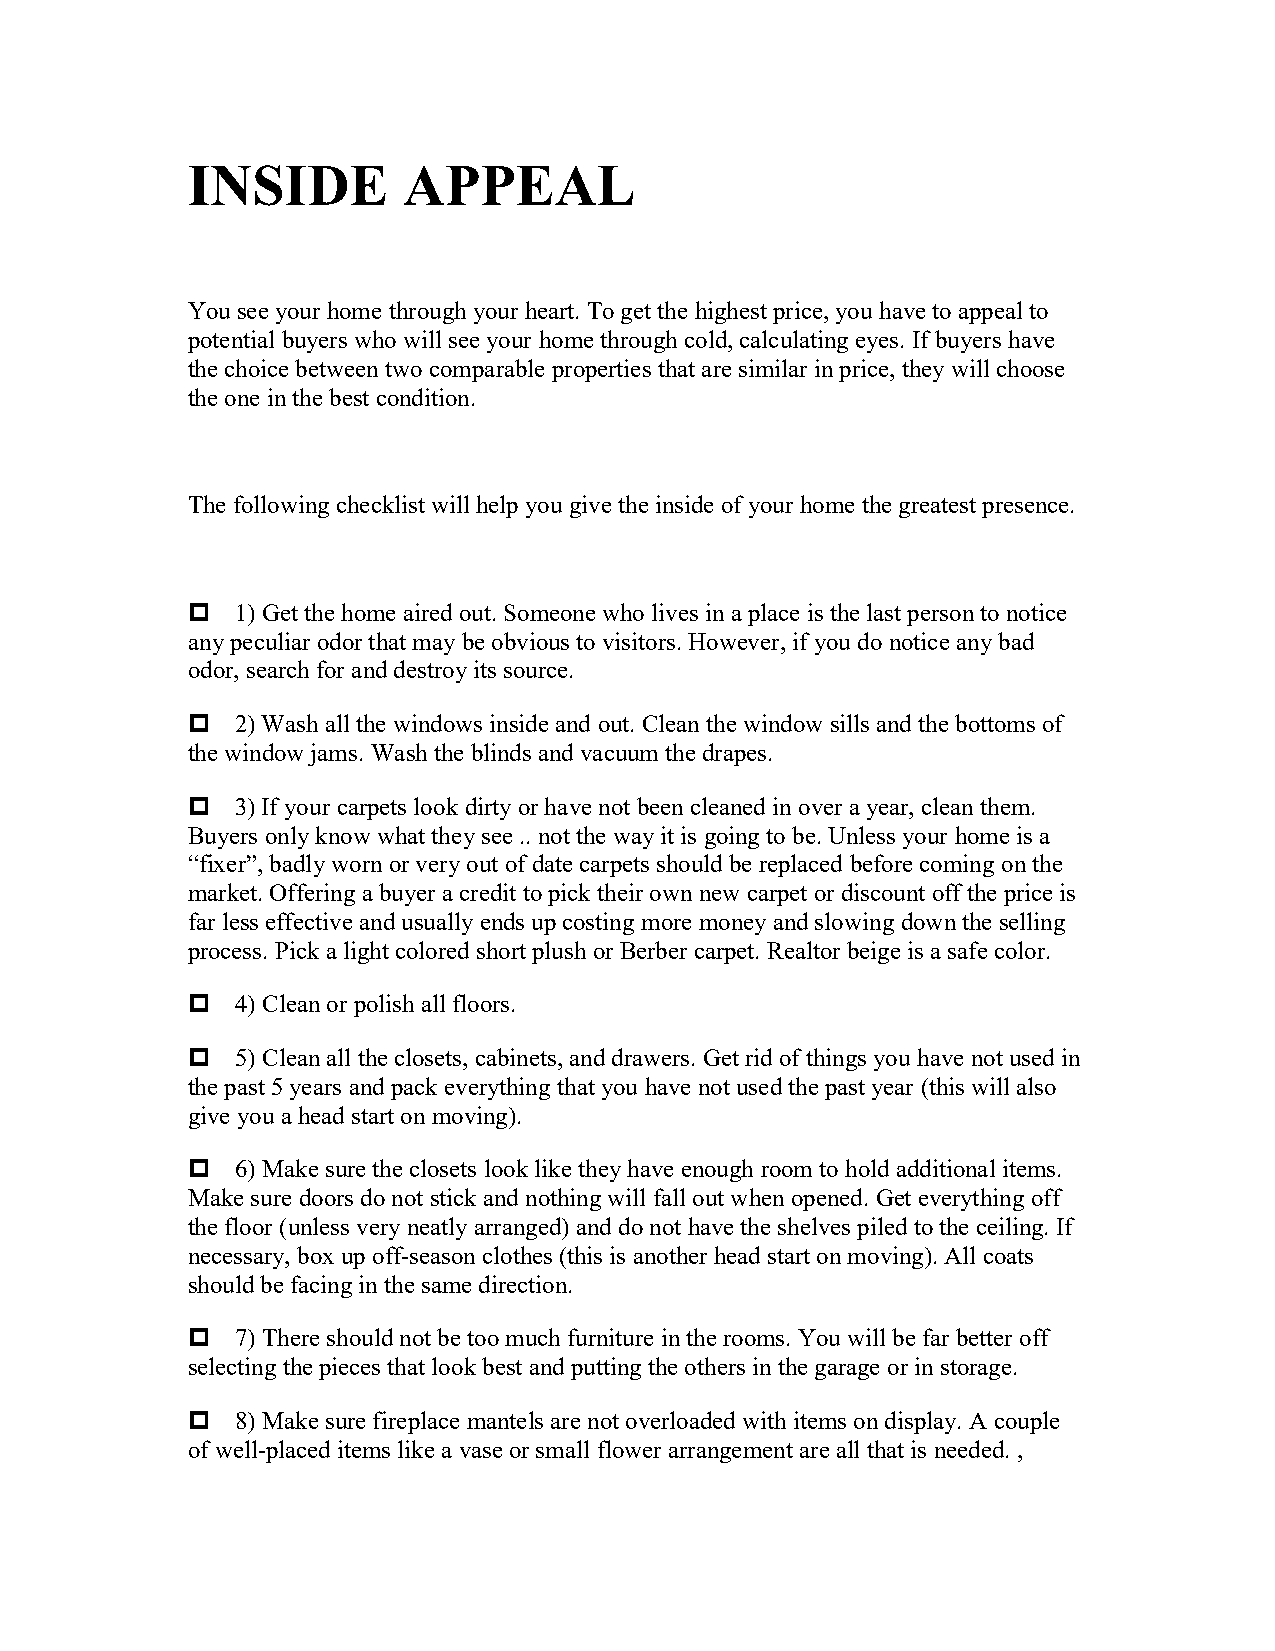
INSIDE         APPEAL
 You see your home through your heart. To get the highest price, you have to appeal to
 potential buyers who will see your home through cold, calculating eyes. If buyers have
 the choice between two comparable properties that are similar in price, they will choose
 the one in the best condition.
 The following checklist will help you give the inside of your home the greatest presence.
 1) Get the home aired out. Someone who lives in a place is the last person to notice
 any peculiar odor that may be obvious to visitors. However, if you do notice any bad
 odor, search for and destroy its source.
 2) Wash all the windows inside and out. Clean the window sills and the bottoms of
 the window jams. Wash the blinds and vacuum the drapes.
 3) If your carpets look dirty or have not been cleaned in over a year, clean them.
 Buyers only know what they see .. not the way it is going to be. Unless your home is a
 “fixer”, badly worn or very out of date carpets should be replaced before coming on the
 market. Offering a buyer a credit to pick their own new carpet or discount off the price is
 far less effective and usually ends up costing more money and slowing down the selling
 process. Pick a light colored short plush or Berber carpet. Realtor beige is a safe color.
 4) Clean or polish all floors.
 5) Clean all the closets, cabinets, and drawers. Get rid of things you have not used in
 the past 5 years and pack everything that you have not used the past year (this will also
 give you a head start on moving).
 6) Make sure the closets look like they have enough room to hold additional items.
 Make sure doors do not stick and nothing will fall out when opened. Get everything off
 the floor (unless very neatly arranged) and do not have the shelves piled to the ceiling. If
 necessary, box up off-season clothes (this is another head start on moving). All coats
 should be facing in the same direction.
 7) There should not be too much furniture in the rooms. You will be far better off
 selecting the pieces that look best and putting the others in the garage or in storage.
 8) Make sure fireplace mantels are not overloaded with items on display. A couple
 of well-placed items like a vase or small flower arrangement are all that is needed. ,